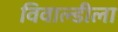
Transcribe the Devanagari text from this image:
विवाल्डीला